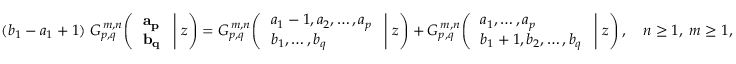
( b _ { 1 } - a _ { 1 } + 1 ) \; G _ { p , q } ^ { \, m , n } \! \left( \left. { \begin{array} { l } { \mathbf { a _ { p } } } \\ { \mathbf { b _ { q } } } \end{array} } \; \right| \, z \right) = G _ { p , q } ^ { \, m , n } \! \left( \left. { \begin{array} { l } { a _ { 1 } - 1 , a _ { 2 } , \dots , a _ { p } } \\ { b _ { 1 } , \dots , b _ { q } } \end{array} } \; \right| \, z \right) + G _ { p , q } ^ { \, m , n } \! \left( \left. { \begin{array} { l } { a _ { 1 } , \dots , a _ { p } } \\ { b _ { 1 } + 1 , b _ { 2 } , \dots , b _ { q } } \end{array} } \; \right| \, z \right) , \quad n \geq 1 , \; m \geq 1 ,